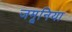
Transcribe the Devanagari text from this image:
जमूनिया